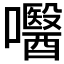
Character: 𡄵